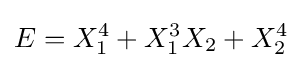
E=X_{1}^{4}+X_{1}^{3}X_{2}+X_{2}^{4}